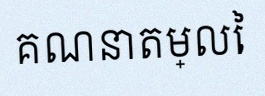
គណនាតម្លៃ